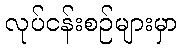
လုပ်ငန်းစဉ်များမှာ